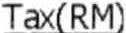
TAX(RM)